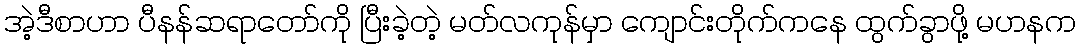
အဲ့ဒီစာဟာ ပီနန်ဆရာတော်ကို ပြီးခဲ့တဲ့ မတ်လကုန်မှာ ကျောင်းတိုက်ကနေ ထွက်ခွာဖို့ မဟနက